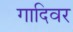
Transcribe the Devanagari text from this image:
गादिवर